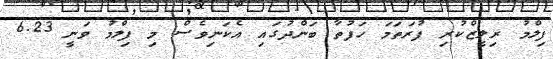
ފިލްމު ރިލީޒްކުރި ފުރަތަމަ ހަފުތާ ބަންދުގައި އެކަނިވެސް މި ފިލްމު ވަނީ 6.23